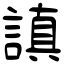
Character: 謓